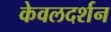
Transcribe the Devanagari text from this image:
केवलदर्शन